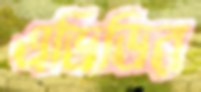
এডিডির